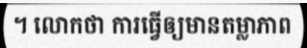
។ លោកថា ការធ្វើឲ្យមានតម្លាភាព